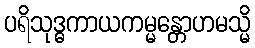
ပရိသုဒ္ဓကာယကမ္မန္တောဟမသ္မိ